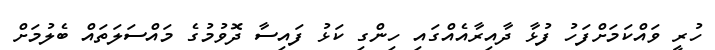
ހުރީ ވައްކަމަށްފަހު ފުޅާ ދާއިރާއެއްގައި ހިންގި ކަޅު ފައިސާ ދޮވުމުގެ މައްސަލަތައް ބެލުމަށް